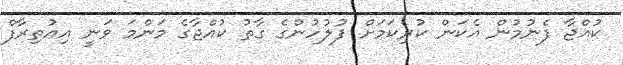
ކުއްޖާ ފެނުމުން އެކަން ކުރިކަމަށް ފުލުހުންގެ ގާތު ކުއްޖާގެ މަންމަ ވަނީ އިއުތިރާފް